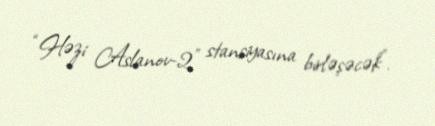
“Həzi Aslanov-2” stansiyasına birləşəcək”.